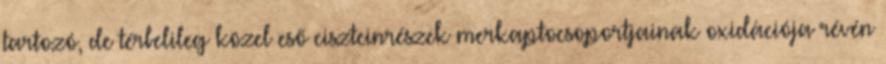
tartozó, de térbelileg közel eső ciszteinrészek merkaptocsoportjainak oxidációja révén